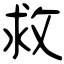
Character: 救